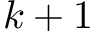
k + 1